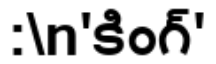
:\n'కింగ్'